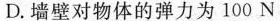
D.墙壁对物体的弹力为100N